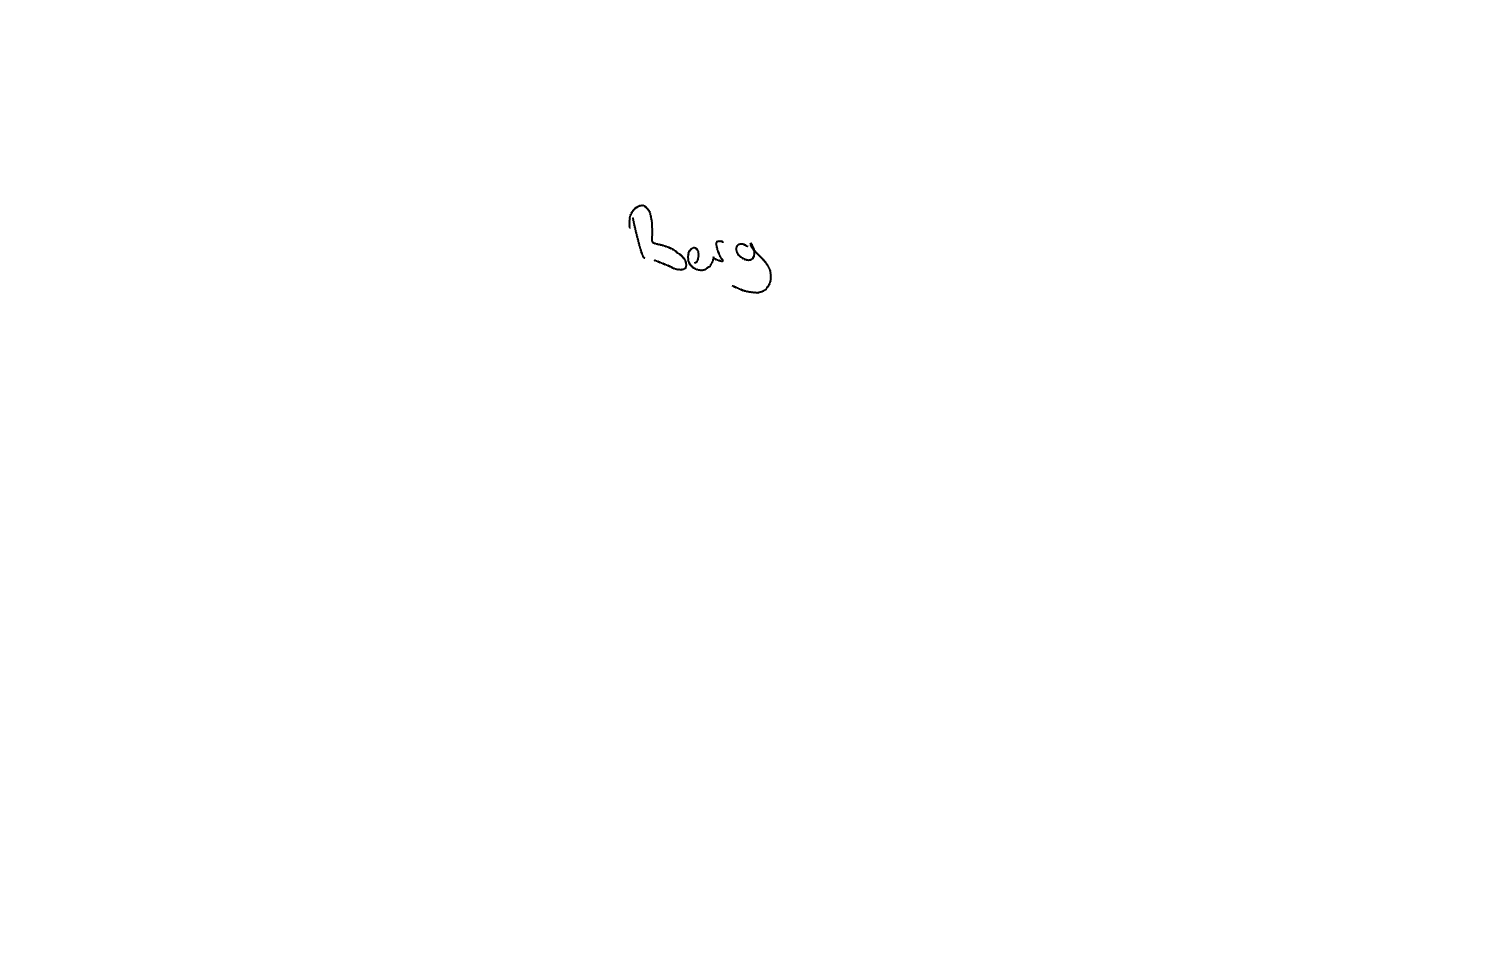
Text: Berg